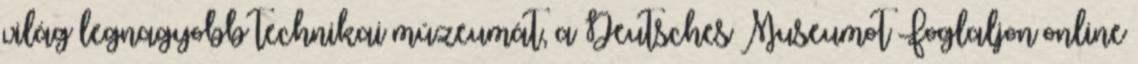
világ legnagyobb technikai múzeumát, a Deutsches Museumot Foglaljon online